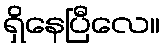
ရှိနေပြီလေ။